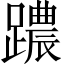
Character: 𨆞